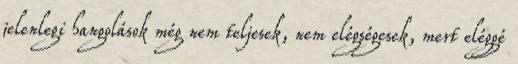
jelenlegi hangolások még nem teljesek, nem elégségesek, mert eléggé